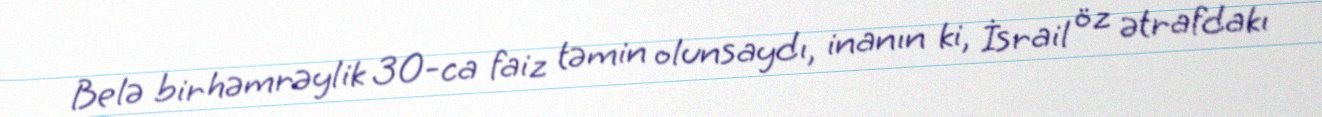
Belə bir həmrəylik 30-ca faiz təmin olunsaydı, inanın ki, İsrail öz ətrafdakı